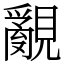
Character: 覶